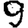
Digit: 9